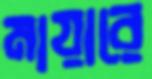
মায়ারে